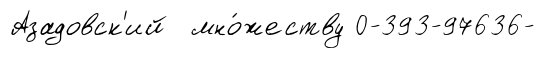
Азадовск'ий мно́жеству 0-393-97636-